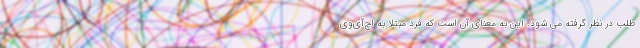
طلب در نظر گرفته می شود. این به معنای آن است که فرد مبتلا به اچ‌آی‌وی